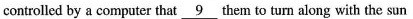
controlled by a computer that \underline{9} them to turn along with the sun